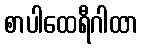
စာပါထေရီဂါထာ